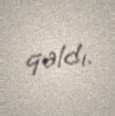
qaldı.